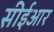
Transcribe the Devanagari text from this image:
सीईआर